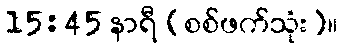
15:45 နာရီ (စစ်ဖက်သုံး)။